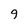
Character: 9